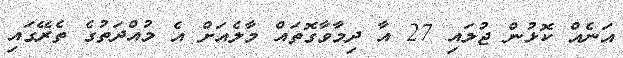
އަނެއް ކޮޅުން ޖުލައި 27 އާ ދިމާވާގޮތައް މާލެއަށް އެ މުއްދަތުގެ ތެރޭގައި